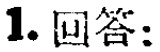
1. 回答：